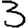
Digit: 3